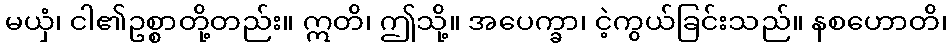
မယှံ၊ ငါ၏ဥစ္စာတို့တည်း။ ဣတိ၊ ဤသို့။ အပေက္ခာ၊ ငဲ့ကွယ်ခြင်းသည်။ နစဟောတိ၊